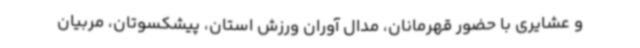
و عشایری با حضور قهرمانان، مدال آوران ورزش استان، پیشکسوتان، مربیان